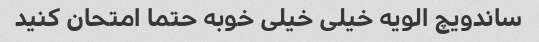
ساندویچ الویه خیلی خیلی خوبه حتما امتحان کنید